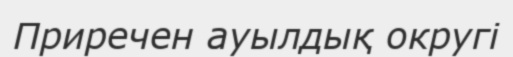
Приречен ауылдық округі